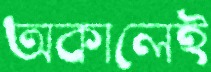
অকালেই